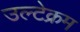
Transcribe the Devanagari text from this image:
उल्टेक्रम